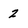
Character: 2